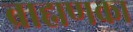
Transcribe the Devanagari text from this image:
ब्राह्मणका